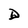
Character: D